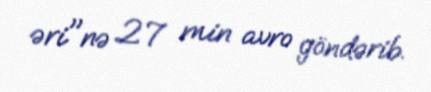
əri"nə 27 min avro göndərib.